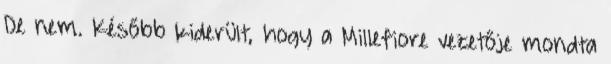
De nem. Később kiderült, hogy a Millefiore vezetője mondta